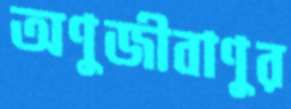
অণুজীবাণুর